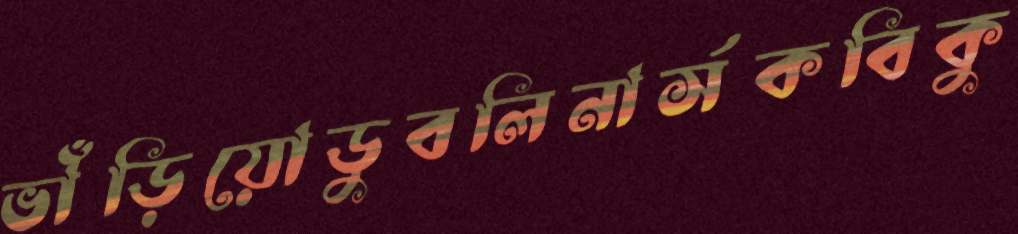
ভাঁড়িয়োডুবলিনার্সকবিকু